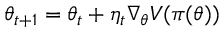
\theta _ { t + 1 } = \theta _ { t } + \eta _ { t } \nabla _ { \theta } V ( \pi ( \theta ) )